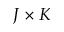
J \times K